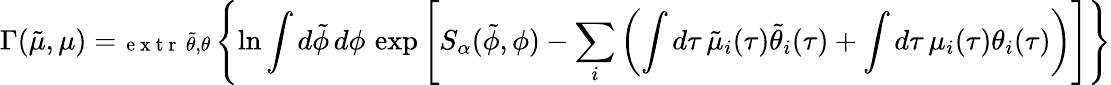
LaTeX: {}\Gamma(\tilde{\mu},\mu)=\substack{\mathrm{~\normalsize~e~x~t~r~}\, \tilde{\theta},\theta}\left\lbrace\ln\int d\tilde{\phi}\, d\phi\, \exp\left[S_{\alpha}(\tilde{\phi},\phi)-\sum_{i}\left(\int d\tau\, \tilde{\mu}_{i}(\tau)\tilde{\theta}_{i}(\tau)+\int d\tau\, \mu_{i}(\tau)\theta_{i}(\tau)\right)\right]\right\rbrace